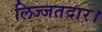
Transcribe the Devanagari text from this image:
लिज्जतदार।